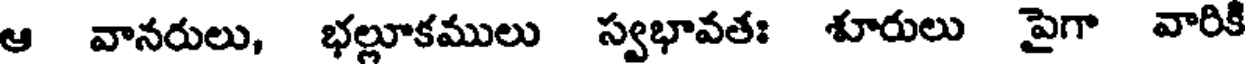
ఆ వానరులు, భల్లూకములు స్వభావతః శూరులు పైగా వారికి